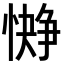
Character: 𪬭